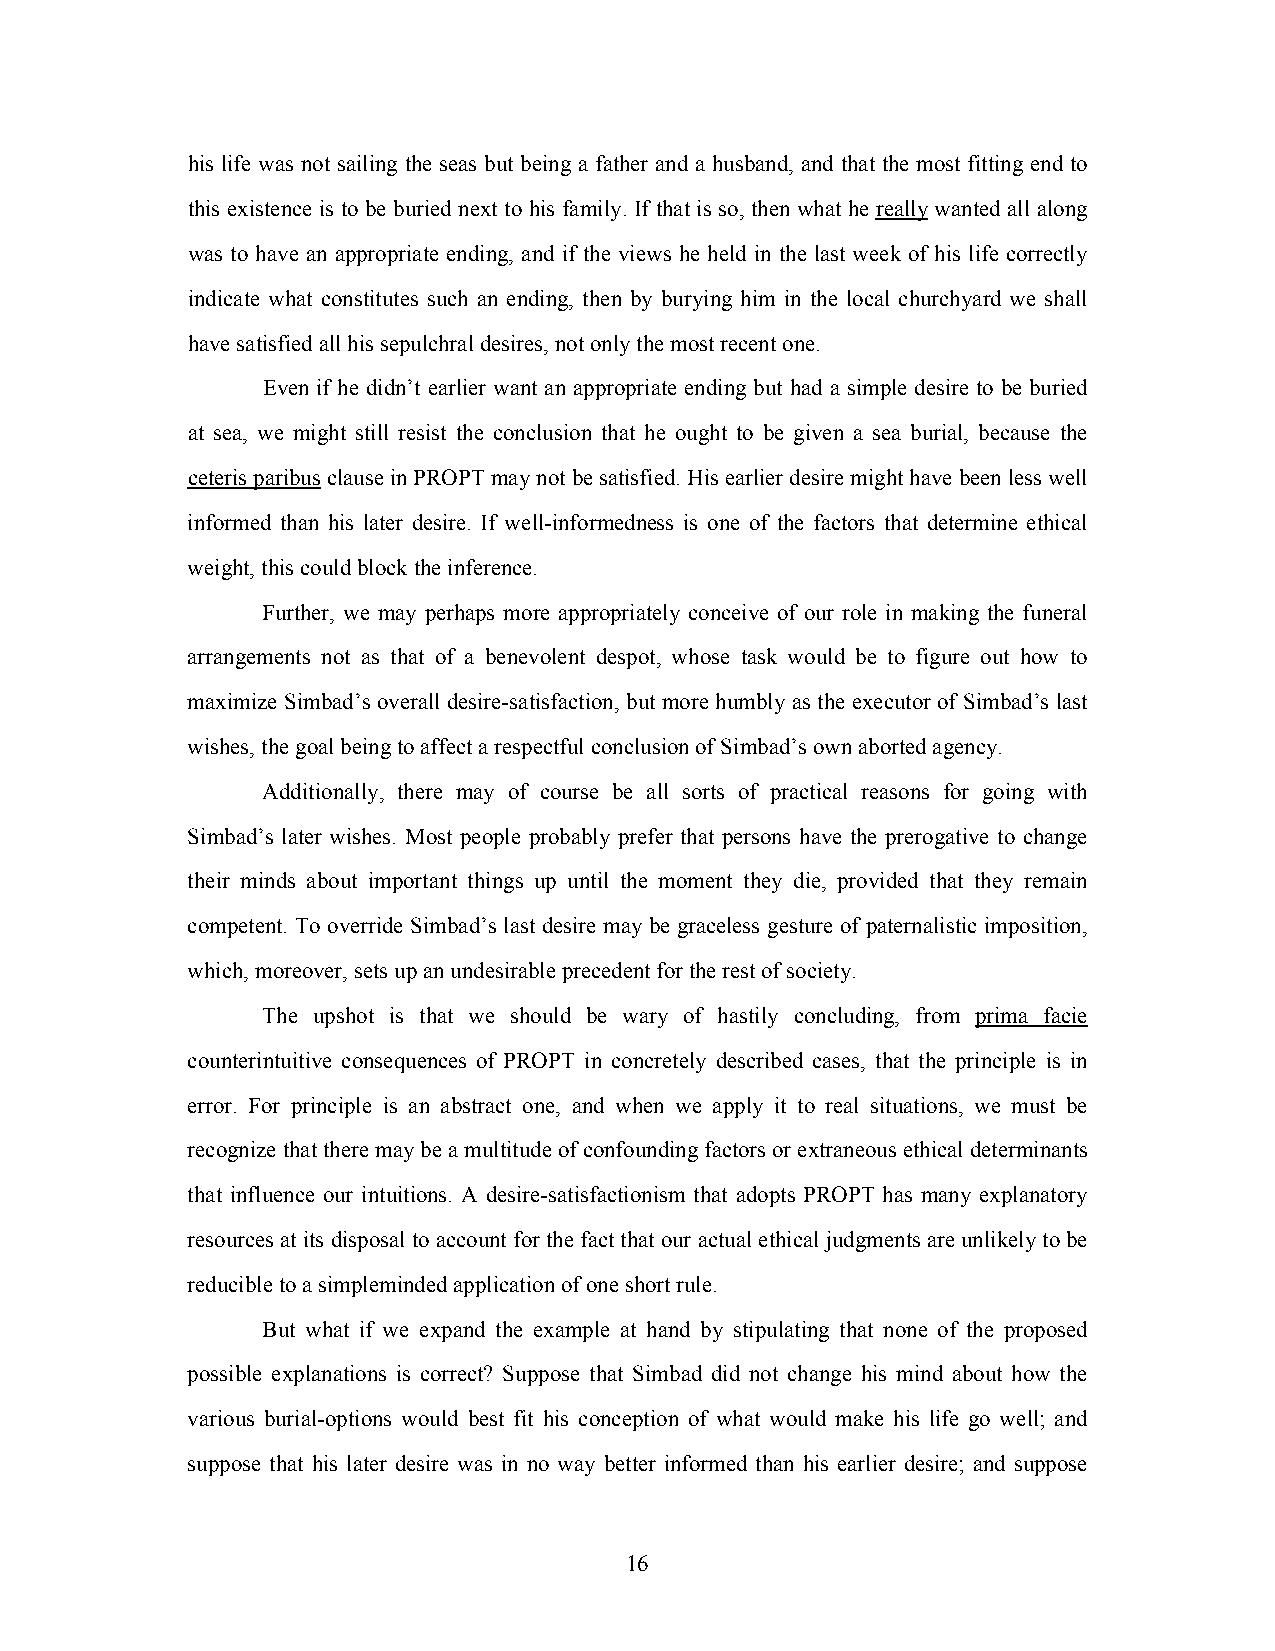
his life was not sailing the seas but being a father and a husband, and that the most fitting end to
 this existence is to be buried next to his family. If that is so, then what he really wanted all along
 was to have an appropriate ending, and if the views he held in the last week of his life correctly
 indicate what constitutes such an ending, then by burying him in the local churchyard we shall
 have satisfied all his sepulchral desires, not only the most recent one.
 Even if he didn’t earlier want an appropriate ending but had a simple desire to be buried
 at sea, we might still resist the conclusion that he ought to be given a sea burial, because the
 ceteris paribus clause in PROPT may not be satisfied. His earlier desire might have been less well
 informed than his later desire. If well-informedness is one of the factors that determine ethical
 weight, this could block the inference.
 Further, we may perhaps more appropriately conceive of our role in making the funeral
 arrangements not as that of a benevolent despot, whose task would be to figure out how to
 maximize Simbad’s overall desire-satisfaction, but more humbly as the executor of Simbad’s last
 wishes, the goal being to affect a respectful conclusion of Simbad’s own aborted agency.
 Additionally, there may of course be all sorts of practical reasons for going with
 Simbad’s later wishes. Most people probably prefer that persons have the prerogative to change
 their minds about important things up until the moment they die, provided that they remain
 competent. To override Simbad’s last desire may be graceless gesture of paternalistic imposition,
 which, moreover, sets up an undesirable precedent for the rest of society.
 The upshot is that we should be wary of hastily concluding, from prima facie
 counterintuitive consequences of PROPT in concretely described cases, that the principle is in
 error. For principle is an abstract one, and when we apply it to real situations, we must be
 recognize that there may be a multitude of confounding factors or extraneous ethical determinants
 that influence our intuitions. A desire-satisfactionism that adopts PROPT has many explanatory
 resources at its disposal to account for the fact that our actual ethical judgments are unlikely to be
 reducible to a simpleminded application of one short rule.
 But what if we expand the example at hand by stipulating that none of the proposed
 possible explanations is correct? Suppose that Simbad did not change his mind about how the
 various burial-options would best fit his conception of what would make his life go well; and
 suppose that his later desire was in no way better informed than his earlier desire; and suppose
 16